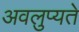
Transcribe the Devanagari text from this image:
अवलुप्यते